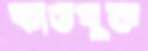
কার্ডযুক্ত